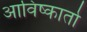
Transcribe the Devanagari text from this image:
आविष्कार्ता